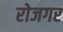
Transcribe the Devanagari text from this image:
रोजगर